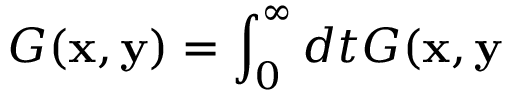
G ( \mathbf { x } , \mathbf { y } ) = \int _ { 0 } ^ { \infty } d t G ( \mathbf { x } , \mathbf { y }